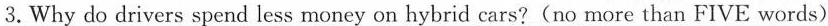
3. Why do drivers spend less money on hybrid cars?(no more than FIVE words)